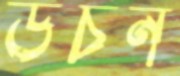
উঁচন